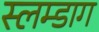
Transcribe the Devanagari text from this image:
स्लम्डाग